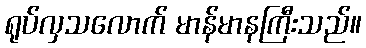
ရုပ်လှသလောက် မာန်မာနကြီးသည်။